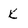
Character: K